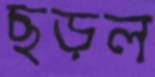
ছড়ল